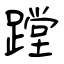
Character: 蹚